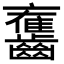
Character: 𪙯